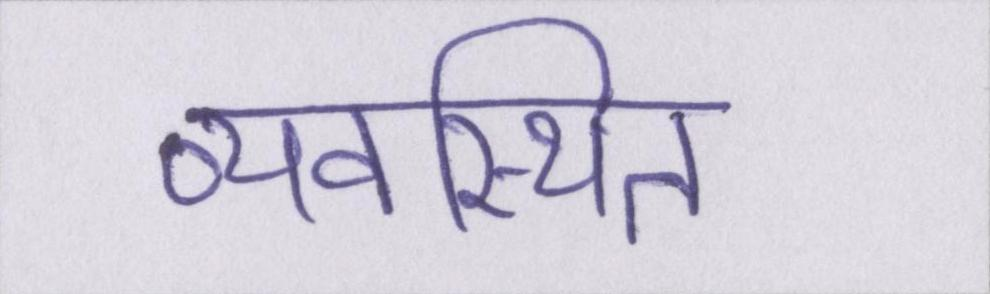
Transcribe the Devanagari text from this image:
व्यवस्थित